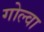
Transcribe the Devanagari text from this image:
गोल्वा